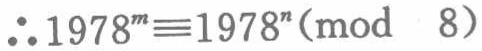
\(\therefore1978^{m}\equiv1978^{n}(\text{mod } 8)\)